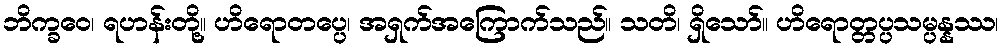
ဘိက္ခဝေ၊ ရဟန်းတို့။ ဟိရောတပ္ပေ၊ အရှက်အကြောက်သည်။ သတိ၊ ရှိသော်။ ဟိရောတ္တပ္ပသမ္ပန္နဿ၊